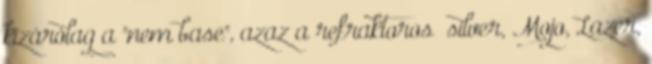
kizárólag a "nem base", azaz a refraktoros silver, Mojo, Lazer,